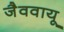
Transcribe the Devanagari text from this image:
जैववायू